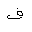
Letter: _fa